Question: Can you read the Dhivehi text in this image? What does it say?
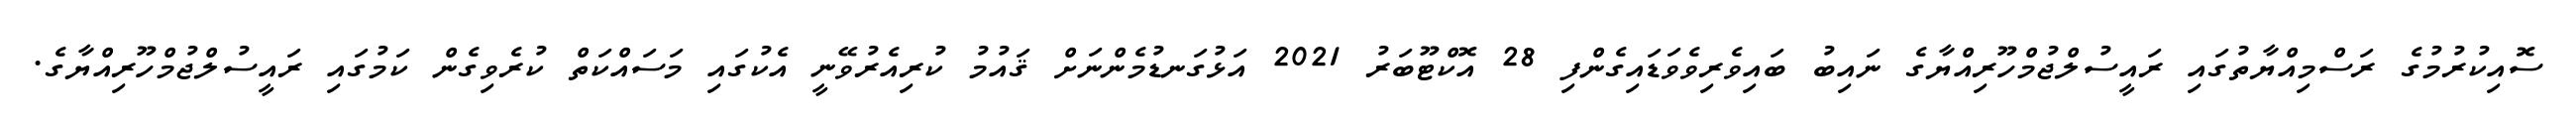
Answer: ސޮއިކުރުމުގެ ރަސްމިއްޔާތުގައި ރައީސުލްޖުމްހޫރިއްޔާގެ ނައިބު ބައިވެރިވެވަޑައިގެންފި 28 އޮކްޓޫބަރު 2021 އަޅުގަނޑުމެންނަށް ޤައުމު ކުރިއެރުވޭނީ އެކުގައި މަސައްކަތް ކުރެވިގެން ކަމުގައި ރައީސުލްޖުމްހޫރިއްޔާގެ.